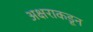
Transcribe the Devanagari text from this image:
अक्षराकडून